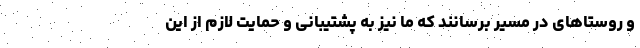
و روستاهای در مسیر برسانند که ما نیز به پشتیبانی و حمایت لازم از این